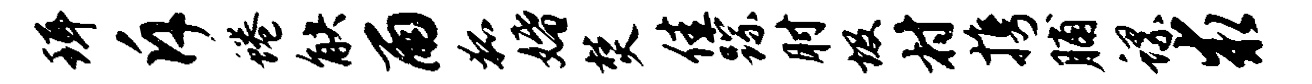
珥斥蜷觖雨狐婚焚佳踪肘圾村携脯螺求